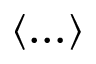
\langle \ldots \rangle